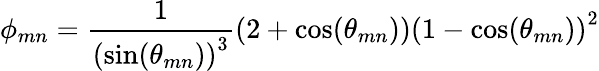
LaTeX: \phi_{mn}=\frac{1}{\left(\sin(\theta_{mn})\right)^{3}}\left(2+\cos(\theta_{mn})\right)\left(1-\cos(\theta_{mn})\right)^{2}